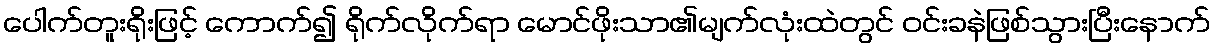
ပေါက်တူးရိုးဖြင့် ကောက်၍ ရိုက်လိုက်ရာ မောင်ဖိုးသာ၏မျက်လုံးထဲတွင် ဝင်းခနဲဖြစ်သွားပြီးနောက်